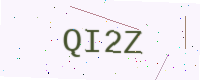
Text: QI2Z